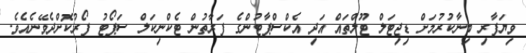
ވިޔަފާރި ބިނާކުރުމަށް ޑިޖިޓަލް ޓޫލްތައް އަދި އެކްސްޕާޓުންގެ ފަރާތުން ޓެކްނިކަލް ސަޕޯޓު ފޯރުކޮށްދެވޭނެއެވެ.